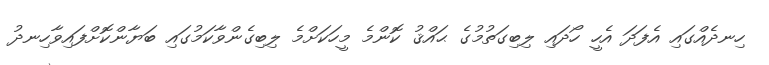
ހިނދެއްގައި އެފަދަ އެހީ ހޯދައި ލިބިގަތުމުގެ ޙައްޤު ކޮންމެ މީހަކަށްމެ ލިބިގެންވާކަމުގައި ބަޔާންކޮށްފައިވާހިނދު